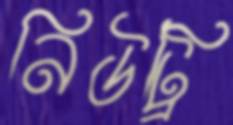
নিউট্রি